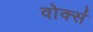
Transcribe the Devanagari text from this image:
वोर्क्स